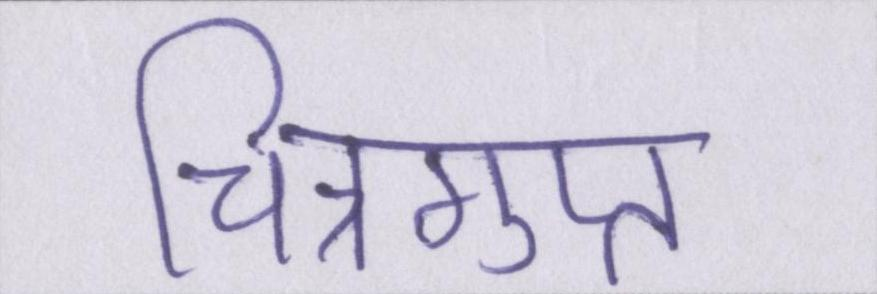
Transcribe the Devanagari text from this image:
चित्रगुप्त